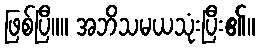
ဖြစ်ပြီ။။ အဘိသမယသုံးပြီး၏။